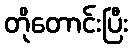
တိုတောင်းပြီး